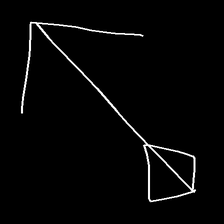
Glyph: focus